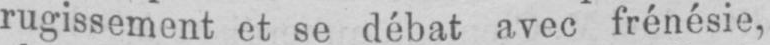
rugissement et se débat avec frénésie,